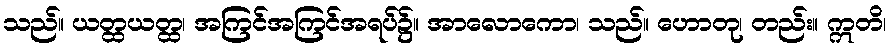
သည်။ ယတ္ထယတ္ထ၊ အကြင်အကြင်အရပ်၌။ အာလောကော၊ သည်။ ဟောတု၊ တည်း။ ဣတိ၊